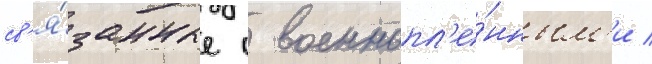
св'я́занные с военнопл'е́нным'и /